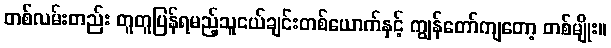
တစ်လမ်းတည်း တူတူပြန်ရမည့်သူငယ်ချင်းတစ်ယောက်နှင့် ကျွန်တော်ကျတော့ တစ်မျိုး။